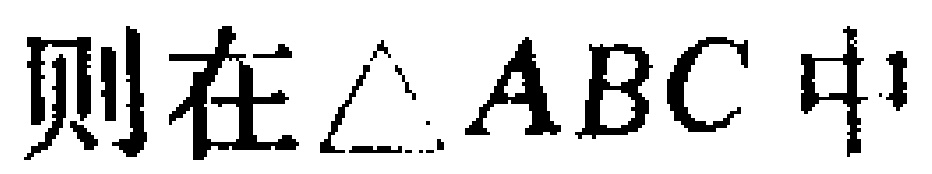
则在$\triangle ABC$中